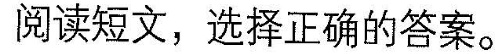
阅读短文,选择正确的答案。